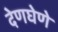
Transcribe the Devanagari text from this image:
देणघेणे